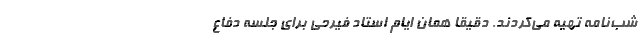
شب‌نامه تهیه می‌کردند. دقیقا همان ایام استاد فیرحی برای جلسه دفاع